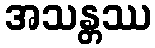
အသန္တဿ